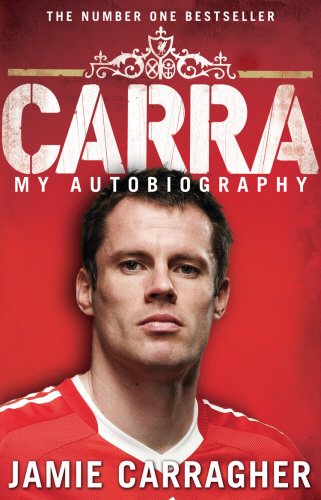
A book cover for Carra: My Autobiography; Jamie Carragher; Biographies & Memoirs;